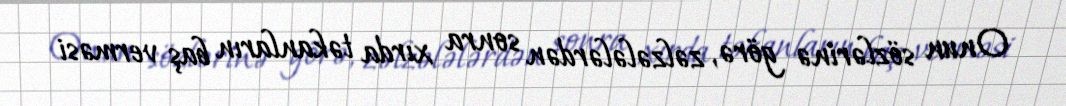
Onun sözlərinə görə, zəlzələlərdən sonra xırda təkanların baş verməsi